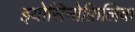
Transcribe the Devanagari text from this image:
इयोसिनोफ़िलिक